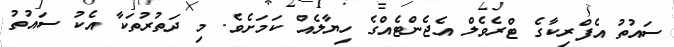
ސައުތު އެފްރިކާގެ ޓްރެވެލް އެޖެންޓެއްގެ ހިޔާލެއް ކަމަށެވެ. މި ދަތުރުތަކާ އެކު ސައުތު